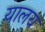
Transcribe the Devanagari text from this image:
यालय